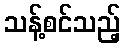
သန့်စင်သည့်